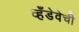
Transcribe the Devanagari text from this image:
व्हँडेवेची